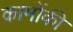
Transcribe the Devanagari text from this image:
कामोंकी